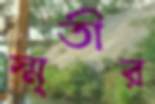
স্মৃতীর